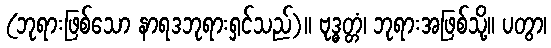
(ဘုရားဖြစ်သော နာရဒဘုရားရှင်သည်)။ ဗုဒ္ဓတ္တံ၊ ဘုရားအဖြစ်သို့။ ပတွာ၊